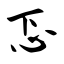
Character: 忑